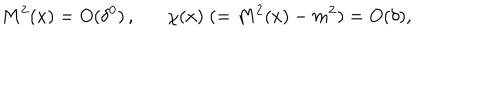
M ^ { 2 } ( x ) = O ( \delta ^ { 0 } ) \, , \chi ( x ) \; ( = M ^ { 2 } ( x ) - m ^ { 2 } ) = O ( \delta ) ,